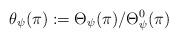
LaTeX: \begin{align*} \theta_{\psi}(\pi):=\Theta_{\psi}(\pi)/\Theta_{\psi}^0(\pi) \end{align*}